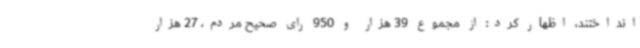
انداختند، اظهار کرد: از مجموع 39 هزار و 950 رای صحیح مردم، 27 هزار